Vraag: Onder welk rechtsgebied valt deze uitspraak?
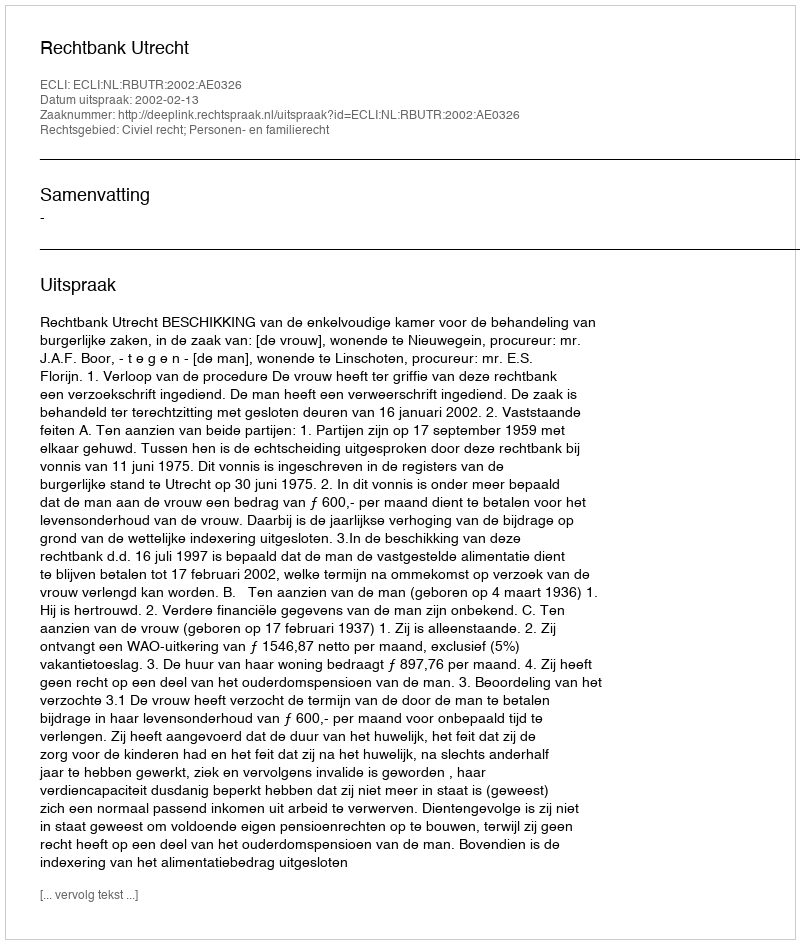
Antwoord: Civiel recht; Personen- en familierecht